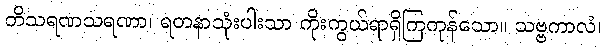
တိသရဏသရဏာ၊ ရတနာသုံးပါးသာ ကိုးကွယ်ရာရှိကြကုန်သော။ သဗ္ဗကာလံ၊